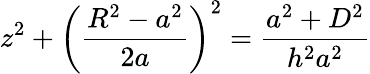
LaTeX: z^{2}+\bigg(\frac{R^{2}-a^{2}}{2a}\bigg)^{2}=\frac{a^{2}+D^{2}}{h^{2}a^{2}}